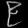
Digit: ၉